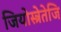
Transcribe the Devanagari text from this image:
जियोस्त्रेतेजि